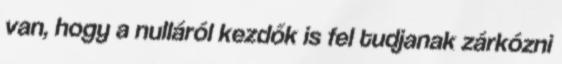
van, hogy a nulláról kezdők is fel tudjanak zárkózni